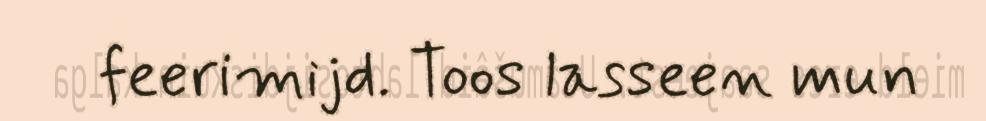
feerimijd. Toos lasseen mun